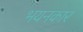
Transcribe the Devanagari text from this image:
भयनकार